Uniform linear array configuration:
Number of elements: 16
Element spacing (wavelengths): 0.75
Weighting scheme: kaiser
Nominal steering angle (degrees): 60
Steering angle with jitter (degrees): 58.752
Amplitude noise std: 0.05
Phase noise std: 0.05

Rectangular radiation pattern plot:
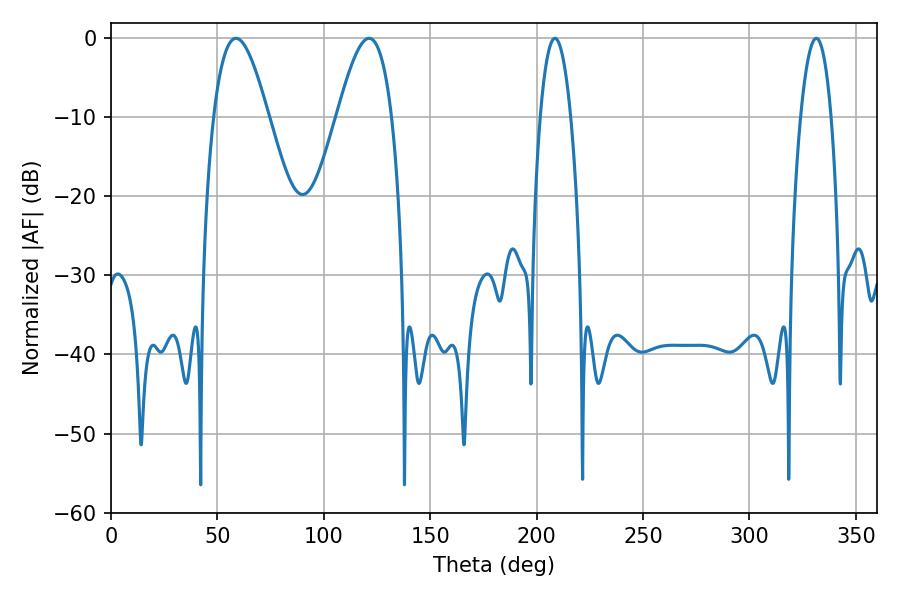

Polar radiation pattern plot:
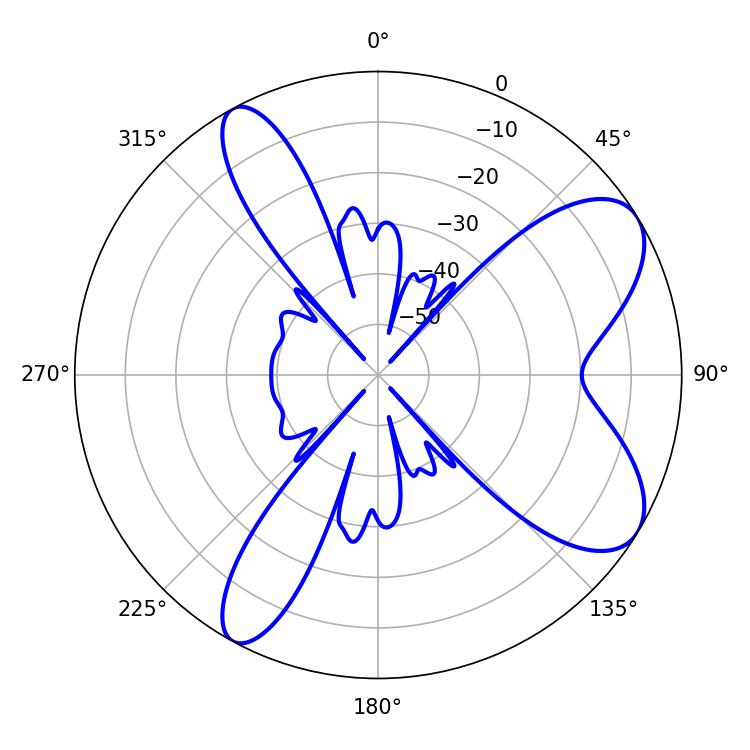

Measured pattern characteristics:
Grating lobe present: TRUE
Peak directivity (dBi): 7.985
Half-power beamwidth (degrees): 7.92
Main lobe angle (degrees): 208.62